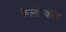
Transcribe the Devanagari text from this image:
कैल्डीकॉट